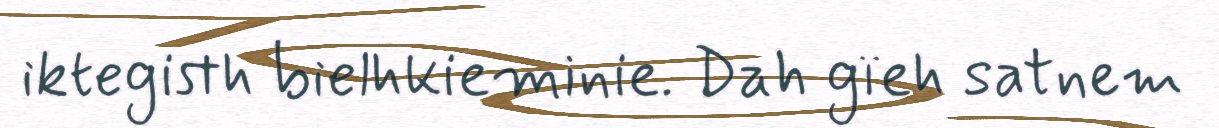
iktegisth bielhkieminie. Dah gïeh satnem